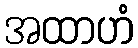
အထာဟံ